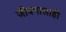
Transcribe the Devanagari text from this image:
जीवनालाही